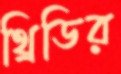
থ্রিডির